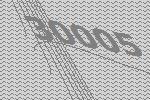
30005